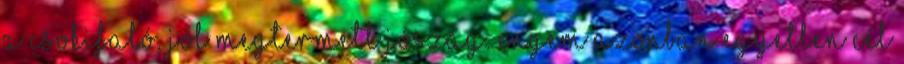
a Csokifaló, jól megtermett jószág. Engem azonban egyetlen cél